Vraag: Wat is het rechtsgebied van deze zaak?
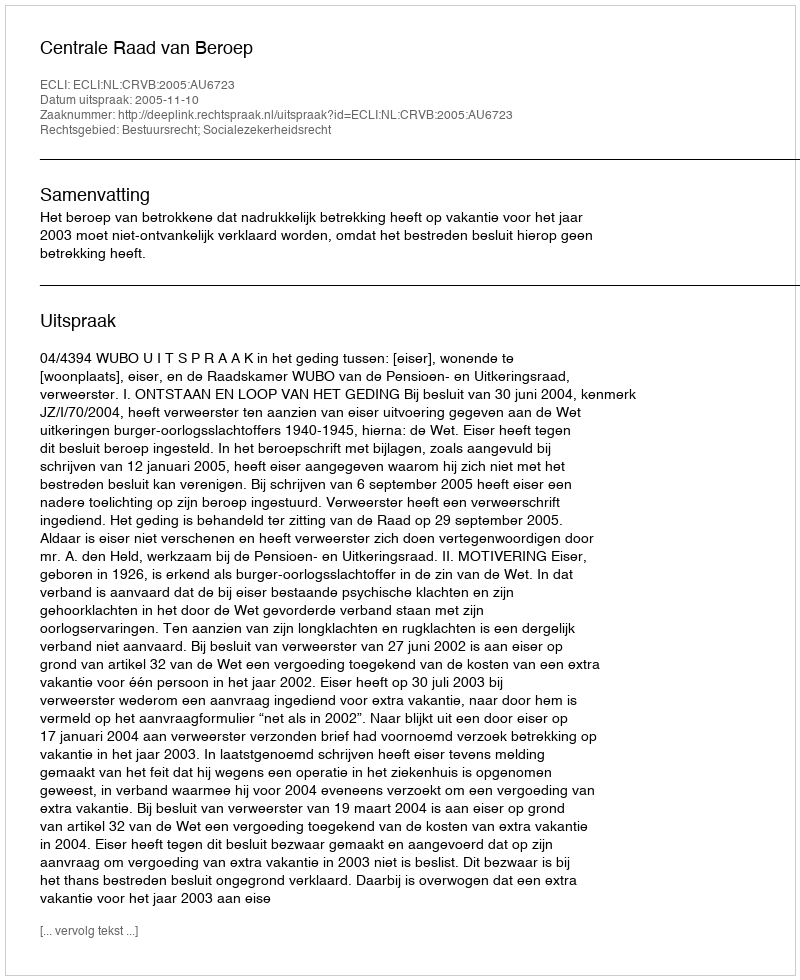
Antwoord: Bestuursrecht; Socialezekerheidsrecht